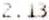
2.13